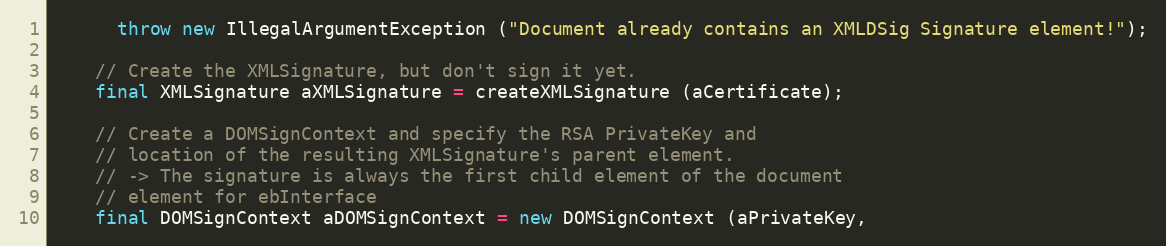
Language: Java
      throw new IllegalArgumentException ("Document already contains an XMLDSig Signature element!");

    // Create the XMLSignature, but don't sign it yet.
    final XMLSignature aXMLSignature = createXMLSignature (aCertificate);

    // Create a DOMSignContext and specify the RSA PrivateKey and
    // location of the resulting XMLSignature's parent element.
    // -> The signature is always the first child element of the document
    // element for ebInterface
    final DOMSignContext aDOMSignContext = new DOMSignContext (aPrivateKey,